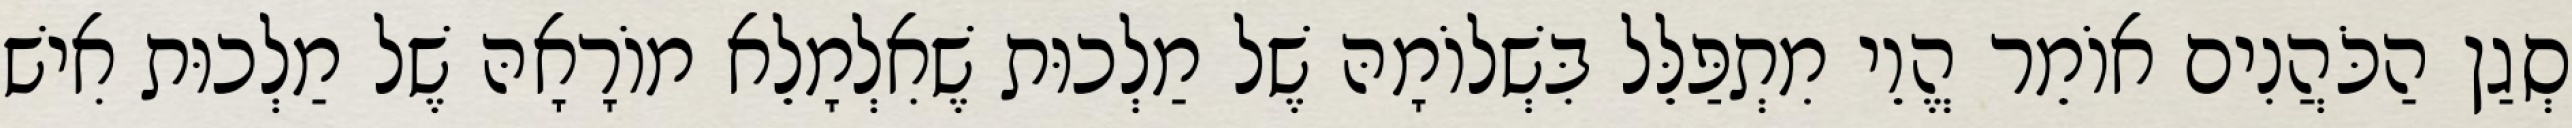
סְגַן הַכֹּהֲנִים אוֹמֵר הֱוֵי מִתְפַּלֵּל בִּשְׁלוֹמָהּ שֶׁל מַלְכוּת שֶׁאִלְמָלֵא מוֹרָאָהּ שֶׁל מַלְכוּת אִישׁ